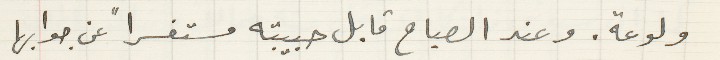
ولوعة. وعند الصباح قابل حبيبته مستفسراً عن جوابها